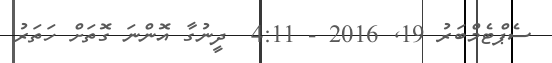
ސެޕްޓެމްބަރު 19